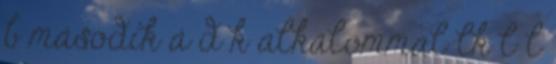
b második á d k alkalommal lk l l